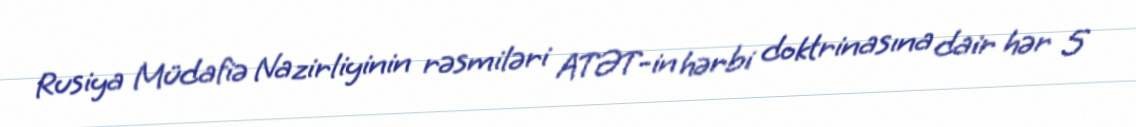
Rusiya Müdafiə Nazirliyinin rəsmiləri ATƏT-in hərbi doktrinasına dair hər 5